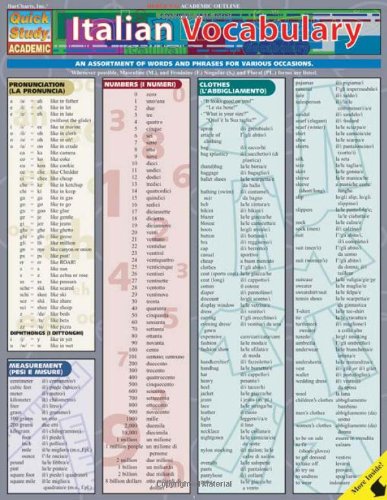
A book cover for Italian Vocabulary (Quickstudy: Academic); Inc. BarCharts; Cookbooks, Food & Wine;